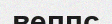
веппс